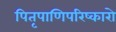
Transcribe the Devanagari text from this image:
पितृपाणिपरिष्कारो